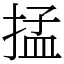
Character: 掹